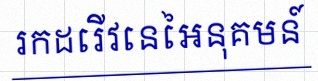
រកដេរីវេនៃអនុគមន៍